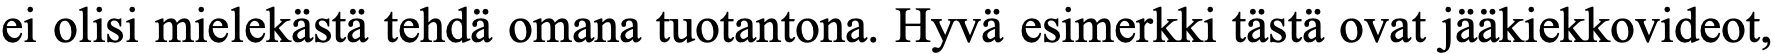
ei olisi mielekästä tehdä omana tuotantona. Hyvä esimerkki tästä ovat jääkiekkovideot,